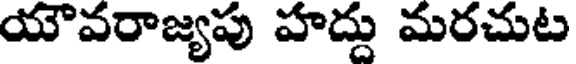
యౌవరాజ్యపు హద్దు మరచుట